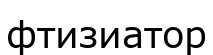
фтизиатор